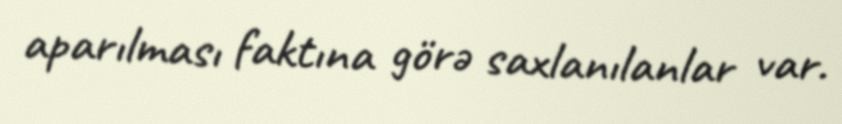
aparılması faktına görə saxlanılanlar var.